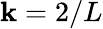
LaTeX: \mathbf{k}=2/L